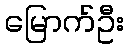
မြောက်ဦး